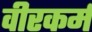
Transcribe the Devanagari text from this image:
वीरकर्म